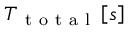
{ T _ { \mathrm { ~ t ~ o ~ t ~ a ~ l ~ } } } \left[ s \right]